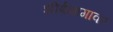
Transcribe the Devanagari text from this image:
शीर्षभागावर